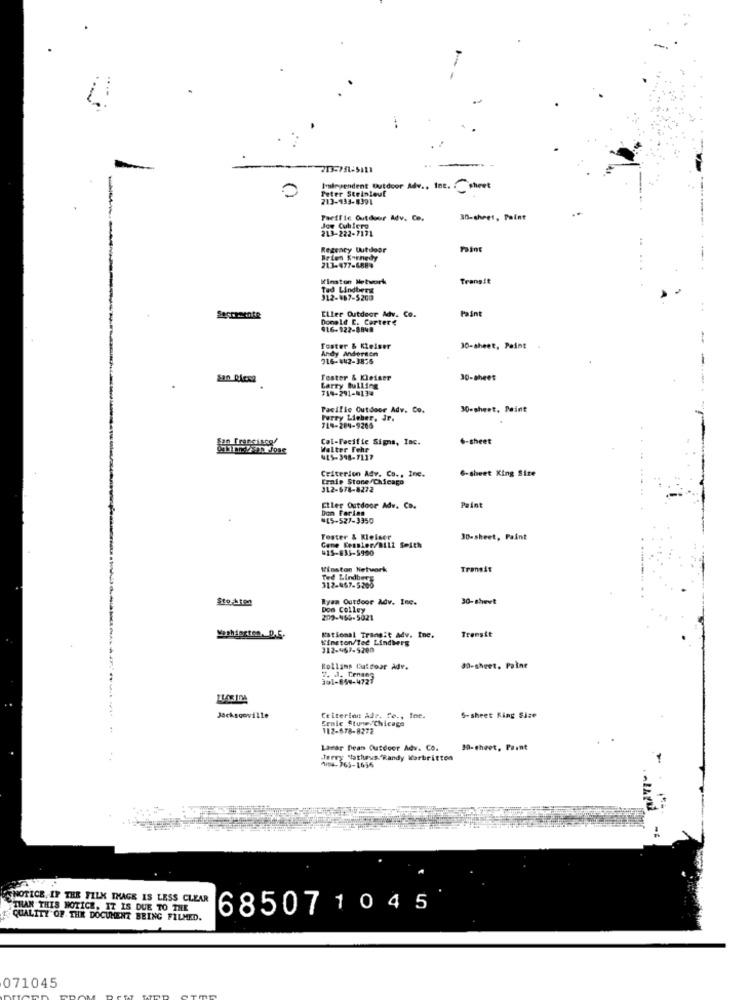
Peter Steinlouf
Ivlegendent Outdoor Adv ., Inc. . @sheet
213-433-8391
Taeffic Outdoor Adv. Co.
30-sheet, Paint
Joy Cublero
213-222-7171
Regency Outdoor
Paint
Brion Karnedy
213-477-6884
Winston Network
Transit
Tad Lindbers
912-487-5200
Paint
Eller Outdoor Adv. Co.
Donald C. Cartere
416-922-8848
Foster & Keiser
Andy Anderson
30-sheet, Point
716-442-3856
Tester & Kleiner
30-sheet
Larry Bulling
714-291-4134
Pacific Outdoor Adv. Co.
30-sheet, Paint
Furry Licher, Jr.
718-284-9266
Col-Pecific Signs, Inc.
6-sheet
Walter Fehr
Criterion Adv. Co ., Inc.
6-sheet King Size
Craie Stone/Chicago
312-678-8272
Eller Outdoor Adv. Co.
Dom Farias
Paint
¥45-527-3350
Toster & Kleiser
30-sheet, Paint
Gene Kessler/BilZ Smith
#15-835-5900
Winston Network
Transit
Ted Lindberg
312-467-5265
Ryan Outdoor Adv. Inc.
30-shevt
Dod Colley
209-465-5021
Transit
Rational Transit Adv. Inc.
Wimeton/Tec Lindberg
312-467-5200
Rolling Cultoar Adv.
30-sheet. Paine
7. J. Tenseg
301-854-4727
Jacksonville
Criterion Adr. fo ., Ine.
Erale Stune.Chicago
S-sheet King Size
112-678-8272
Lavar Dean Outdoor Adv. CO.
30-sheet, Paint
Terry "latheus. Randy Warbritton
1154-765-1656
NOTICE, IF THE FILM THAGE IS LESS CLEAR
THAN THIS NOTICE. IT IS DUE TO THE
68507 1045
QUALITY OF. THE DOCUMENT BEING FILMED.
071045